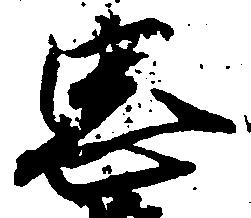
忠